Scientific memoirs by medical officers of the Army of India - Part VII,
Year: 1892
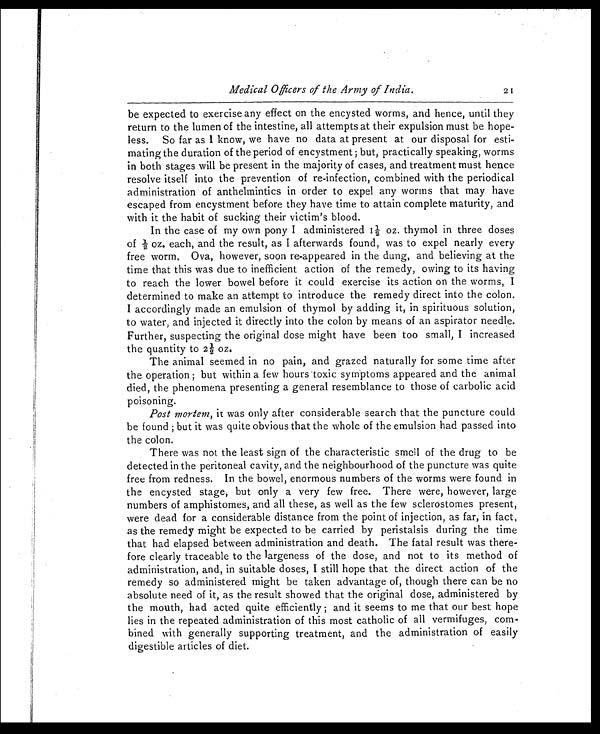
Medical Officers of the Army of India.
21
be expected to exercise any effect on the encysted worms, and hence, until they
return to the lumen of the intestine, all attempts at their expulsion must be hope-
less. So far as I know, we have no data at present at our disposal for esti-
mating the duration of the period of encystment ; but, practically speaking, worms
in both stages will be present in the majority of cases, and treatment must hence
resolve itself into the prevention of re-infection, combined with the periodical
administration of anthelmintics in order to expel any worms that may have
escaped from encystment before they have time to attain complete maturity, and
with it the habit of sucking their victim's blood.
In the case of my own pony I administered 1½ oz. thymol in three doses
of ½ oz. each, and the result, as I afterwards found, was to expel nearly every
free worm, Ova, however, soon re-appeared in the dung, and believing at the
time that this was due to inefficient action of the remedy, owing to its having
to reach the lower bowel before it could exercise its action on the worms, I
determined to make an attempt to introduce the remedy direct into the colon.
I accordingly made an emulsion of thymol by adding it, in spirituous solution,
to water, and injected it directly into the colon by means of an aspirator needle.
Further, suspecting the original dose might have been too small, I increased
the quantity to 2½ oz.
The animal seemed in no pain, and grazed naturally for some time after
the operation ; but within a few hours toxic symptoms appeared and the animal
died, the phenomena presenting a general resemblance to those of carbolic acid
poisoning.
Post mortem, it was only after considerable search that the puncture could
be found ; but it was quite obvious that the whole of the emulsion had passed into
the colon.
There was not the least sign of the characteristic smell of the drug to be
detected in the peritoneal cavity, and the neighbourhood of the puncture was quite
free from redness. In the bowel, enormous numbers of the worms were found in
the encysted stage, but only a very few free. There were, however, large
numbers of amphistomes, and all these, as well as the few sclerostomes present,
were dead for a considerable distance from the point of injection, as far, in fact,
as the remedy might be expected to be carried by peristalsis during the time
that had elapsed between administration and death. The fatal result was there-
fore clearly traceable to the largeness of the dose, and not to its method of
administration, and, in suitable doses, I still hope that the direct action of the
remedy so administered might be taken advantage of, though there can be no
absolute need of it, as the result showed that the original dose, administered by
the mouth, had acted quite efficiently ; and it seems to me that our best hope
lies in the repeated administration of this most catholic of all vermifuges, com-
bined with generally supporting treatment, and the administration of easily
digestible articles of diet.